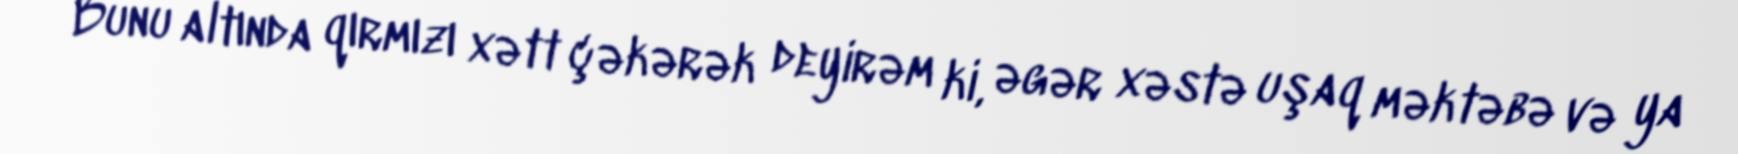
Bunu altında qırmızı xətt çəkərək deyirəm ki, əgər xəstə uşaq məktəbə və ya